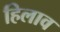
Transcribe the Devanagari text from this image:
हिलाव